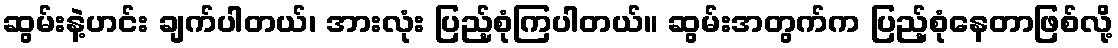
ဆွမ်းနဲ့ဟင်း ချက်ပါတယ်၊ အားလုံး ပြည့်စုံကြပါတယ်။ ဆွမ်းအတွက်က ပြည့်စုံနေတာဖြစ်လို့